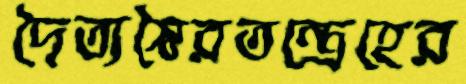
দৈত্যস্বৈরতন্ত্রেহের